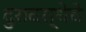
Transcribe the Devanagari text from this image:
दुरावस्थेचे